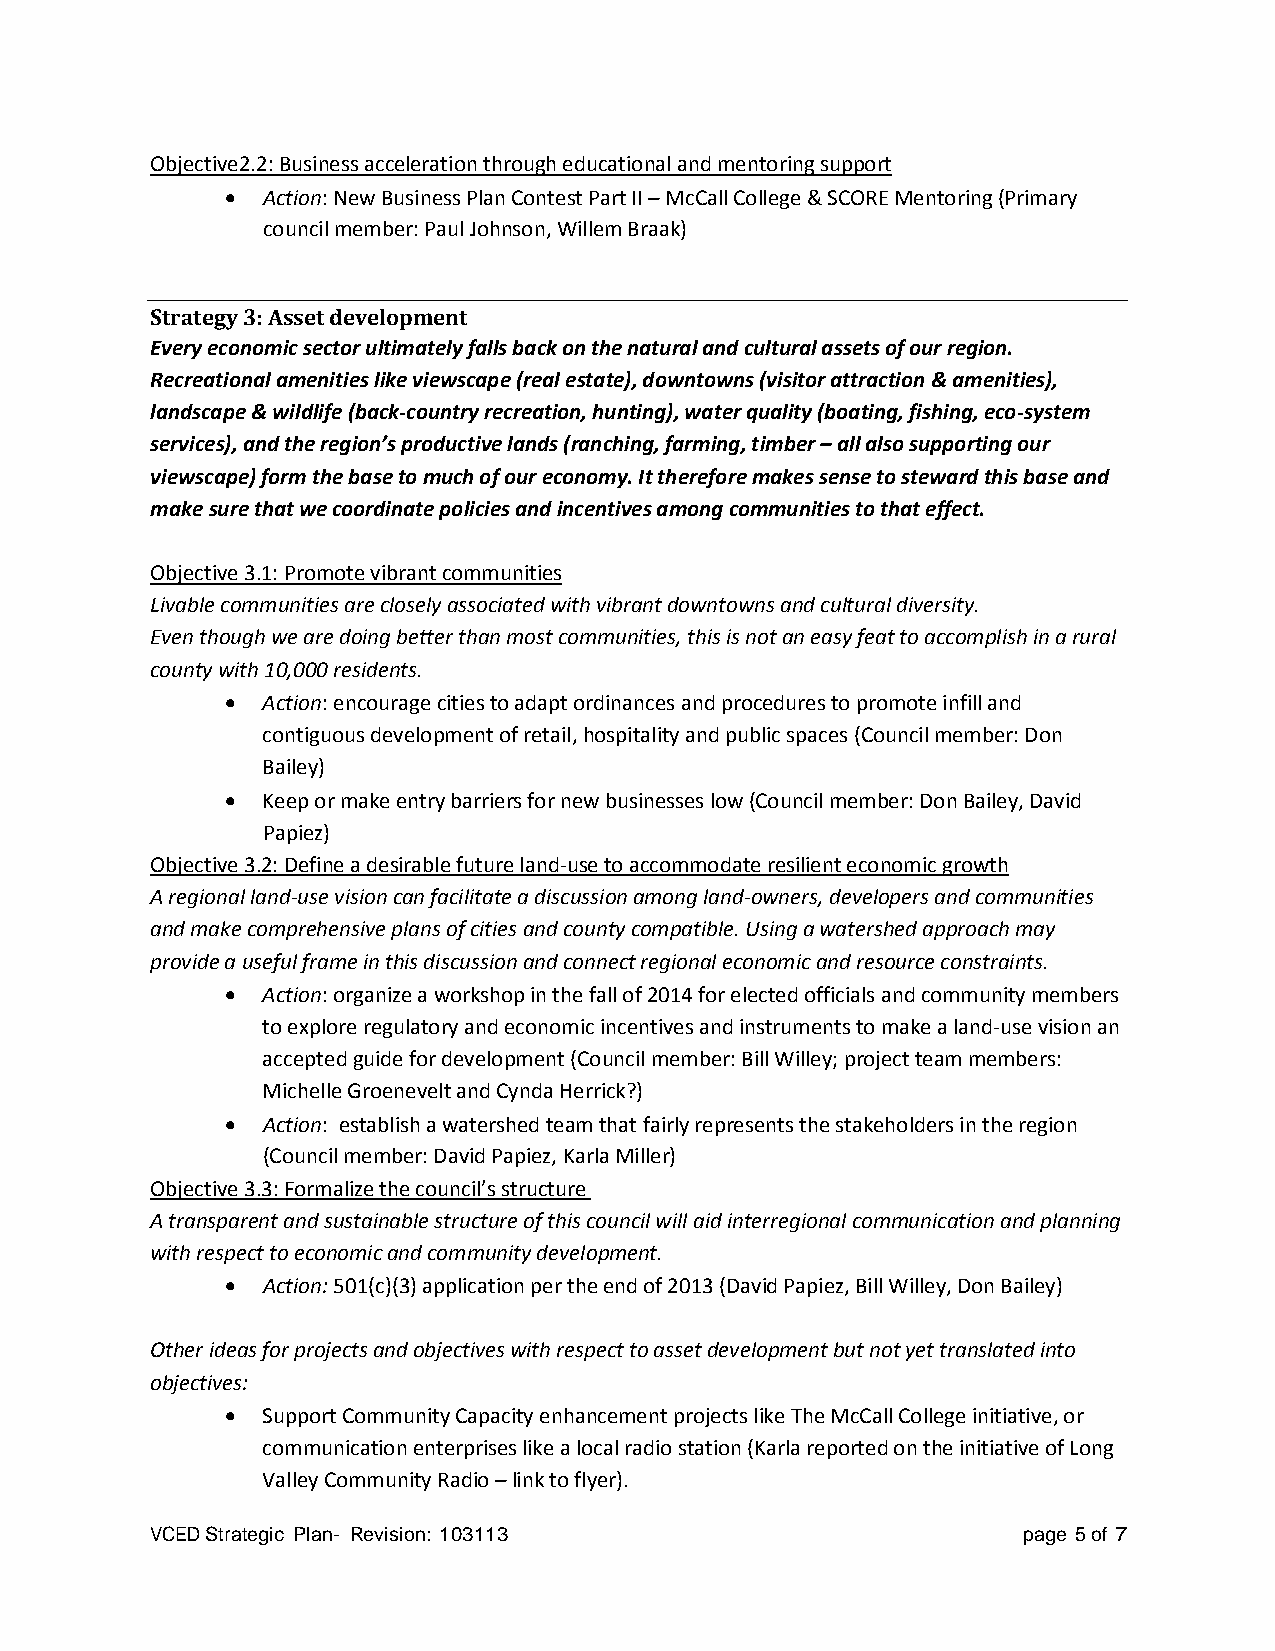
Objective2.2: Business acceleration through educational and mentoring support
 • Action: New Business Plan Contest Part II – McCall College & SCORE Mentoring (Primary
 council member: Paul Johnson, Willem Braak)
 Strategy 3: Asset development
 Every economic sector ultimately falls back on the natural and cultural assets of our region.
 Recreational amenities like viewscape (real estate), downtowns (visitor attraction & amenities),
 landscape & wildlife (back-country recreation, hunting), water quality (boating, fishing, eco-system
 services), and the region’s productive lands (ranching, farming, timber – all also supporting our
 viewscape) form the base to much of our economy. It therefore makes sense to steward this base and
 make sure that we coordinate policies and incentives among communities to that effect.
 Objective 3.1: Promote vibrant communities
 Livable communities are closely associated with vibrant downtowns and cultural diversity.
 Even though we are doing better than most communities, this is not an easy feat to accomplish in a rural
 county with 10,000 residents.
 • Action: encourage cities to adapt ordinances and procedures to promote infill and
 contiguous development of retail, hospitality and public spaces (Council member: Don
 Bailey)
 • Keep or make entry barriers for new businesses low (Council member: Don Bailey, David
 Papiez)
 Objective 3.2: Define a desirable future land-use to accommodate resilient economic growth
 A regional land-use vision can facilitate a discussion among land-owners, developers and communities
 and make comprehensive plans of cities and county compatible. Using a watershed approach may
 provide a useful frame in this discussion and connect regional economic and resource constraints.
 • Action: organize a workshop in the fall of 2014 for elected officials and community members
 to explore regulatory and economic incentives and instruments to make a land-use vision an
 accepted guide for development (Council member: Bill Willey; project team members:
 Michelle Groenevelt and Cynda Herrick?)
 • Action: establish a watershed team that fairly represents the stakeholders in the region
 (Council member: David Papiez, Karla Miller)
 Objective 3.3: Formalize the council’s structure
 A transparent and sustainable structure of this council will aid interregional communication and planning
 with respect to economic and community development.
 • Action: 501(c)(3) application per the end of 2013 (David Papiez, Bill Willey, Don Bailey)
 Other ideas for projects and objectives with respect to asset development but not yet translated into
 objectives:
 • Support Community Capacity enhancement projects like The McCall College initiative, or
 communication enterprises like a local radio station (Karla reported on the initiative of Long
 Valley Community Radio – link to flyer).
 VCED Strategic Plan- Revision: 103113                     page 5 of 7